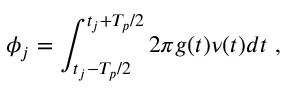
\phi _ { j } = \int _ { t _ { j } - T _ { p } / 2 } ^ { t _ { j } + T _ { p } / 2 } 2 \pi g ( t ) \nu ( t ) d t \ ,